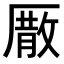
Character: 𠪣